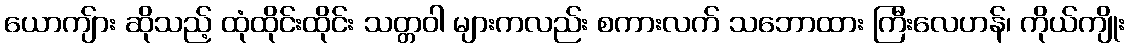
ယောကျ်ား ဆိုသည့် ထုံထိုင်းထိုင်း သတ္တဝါ များကလည်း စကားလက် သဘောထား ကြီးလေဟန်၊ ကိုယ်ကျိုး